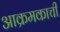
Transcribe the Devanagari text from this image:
आक्रमकाची